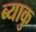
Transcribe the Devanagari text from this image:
ब्याकु